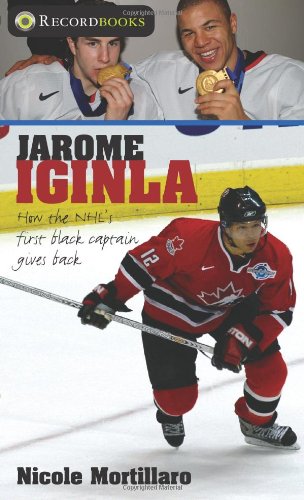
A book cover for Jarome Iginla: How the NHL's first black captain gives back (Lorimer Recordbooks); Nicole Mortillaro; Teen & Young Adult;